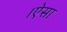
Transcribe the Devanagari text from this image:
।ऐसा